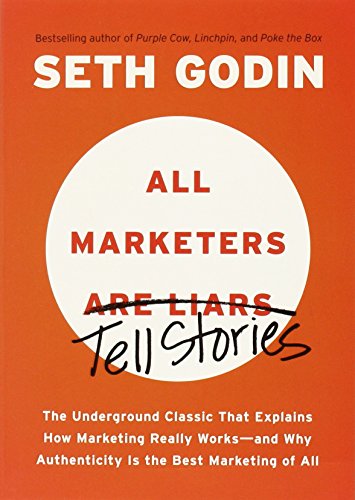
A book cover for All Marketers Are Liars: The Underground Classic That Explains How Marketing Really Works--and Why Authen ticity Is the Best Marketing of All; Seth Godin; Business & Money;